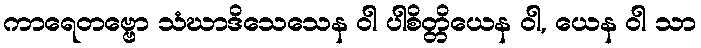
ကာရေတဗ္ဗော သံဃာဒိသေသေန ဝါ ပါစိတ္တိယေန ဝါ, ယေန ဝါ သာ